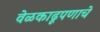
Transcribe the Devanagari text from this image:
वेळकाढूपणाचे